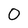
Character: 0